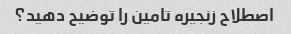
اصطلاح زنجیره تامین را توضیح دهید؟